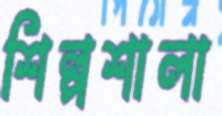
শিল্পশালা